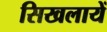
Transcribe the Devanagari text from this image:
सिखलायें